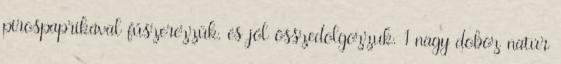
pirospaprikával fűszerezzük, és jól összedolgozzuk. 1 nagy doboz natúr